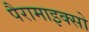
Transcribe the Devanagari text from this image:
पैरामाइक्सो